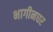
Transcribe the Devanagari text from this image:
भागीनघर